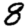
Digit: 8